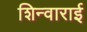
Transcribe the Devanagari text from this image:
शिन्वाराई